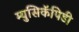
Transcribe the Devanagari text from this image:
म्युसिकॅपिडी